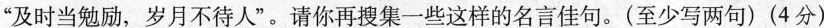
”及时当勉励，岁月不待人”。请你再搜集一些这样的名言佳句。(至少写两句) (4分)